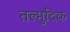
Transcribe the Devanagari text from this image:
तल्मुदिक